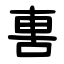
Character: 軎